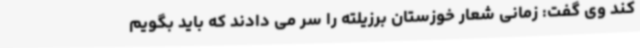
کند وی گفت: زمانی شعار خوزستان برزیلته را سر می دادند که باید بگویم